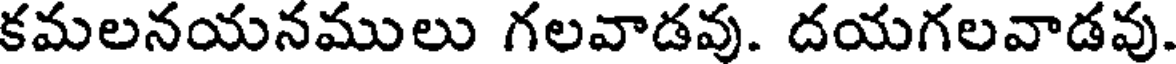
కమలనయనములు గలవాడవు. దయగలవాడవు.